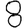
Digit: 8